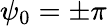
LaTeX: \psi_{0}=\pm\pi